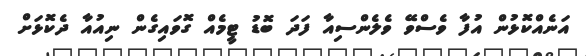
އަނެއްކޮޅުން އުފާ ވެސްވޭ ވެލެންސިއާ ފަދަ ބޮޑު ޓީމެއް ގޮވައިގެން ނިއުއާ ދެކޮޅަށް